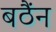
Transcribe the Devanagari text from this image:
बठैंन